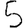
Digit: 5